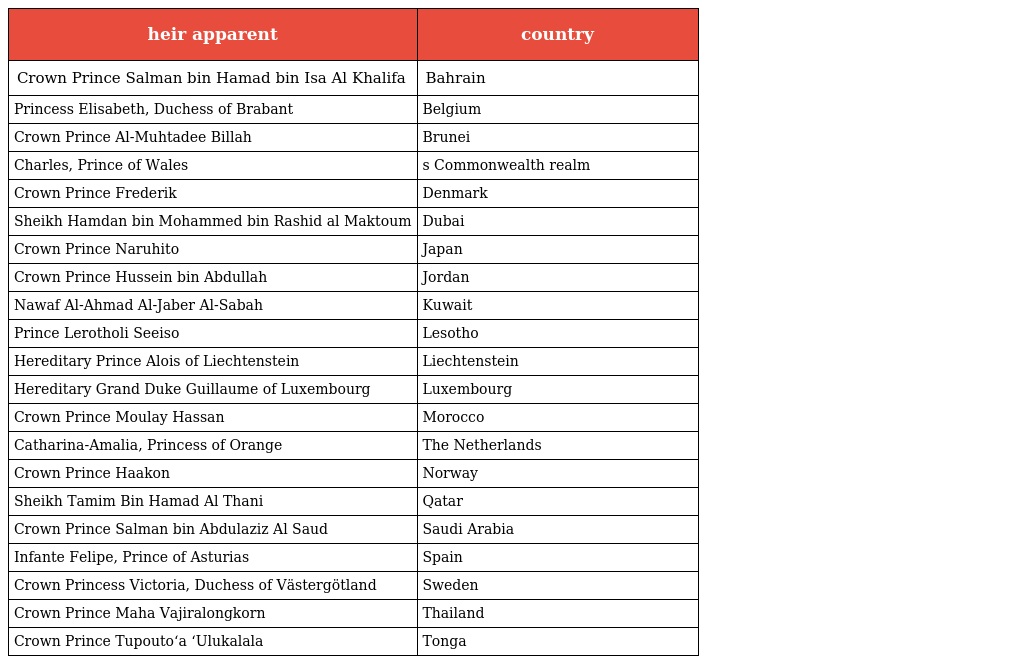
| heir apparent | country |
 | --- | --- |
 | Crown Prince Salman bin Hamad bin Isa Al Khalifa | Bahrain |
 | Princess Elisabeth, Duchess of Brabant | Belgium |
 | Crown Prince Al-Muhtadee Billah | Brunei |
 | Charles, Prince of Wales | s Commonwealth realm |
 | Crown Prince Frederik | Denmark |
 | Sheikh Hamdan bin Mohammed bin Rashid al Maktoum | Dubai |
 | Crown Prince Naruhito | Japan |
 | Crown Prince Hussein bin Abdullah | Jordan |
 | Nawaf Al-Ahmad Al-Jaber Al-Sabah | Kuwait |
 | Prince Lerotholi Seeiso | Lesotho |
 | Hereditary Prince Alois of Liechtenstein | Liechtenstein |
 | Hereditary Grand Duke Guillaume of Luxembourg | Luxembourg |
 | Crown Prince Moulay Hassan | Morocco |
 | Catharina-Amalia, Princess of Orange | The Netherlands |
 | Crown Prince Haakon | Norway |
 | Sheikh Tamim Bin Hamad Al Thani | Qatar |
 | Crown Prince Salman bin Abdulaziz Al Saud | Saudi Arabia |
 | Infante Felipe, Prince of Asturias | Spain |
 | Crown Princess Victoria, Duchess of Västergötland | Sweden |
 | Crown Prince Maha Vajiralongkorn | Thailand |
 | Crown Prince Tupoutoʻa ʻUlukalala | Tonga |